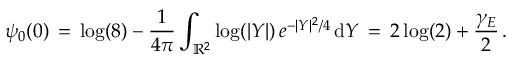
\psi _ { 0 } ( 0 ) \, = \, \log ( 8 ) - \frac { 1 } { 4 \pi } \int _ { \mathbb { R } ^ { 2 } } \log ( | Y | ) \, e ^ { - | Y | ^ { 2 } / 4 } \, \mathrm { d } Y \, = \, 2 \log ( 2 ) + \frac { \gamma _ { E } } { 2 } \, .